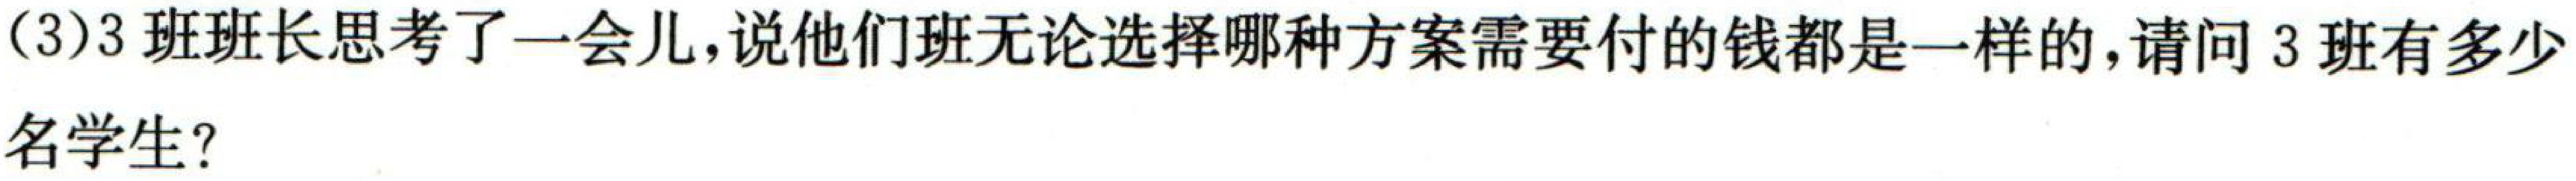
(3)3班班长思考了一会儿,说他们班无论选择哪种方案需要付的钱都是一样的,请问3班有多少
名学生？